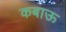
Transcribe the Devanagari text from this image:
कबाऊ